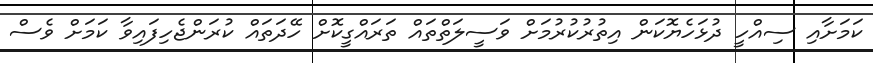
ކަމަށާއި ސިއްހީ ދުޅަހެޔޮކަން އިތުރުކުރުމަށް ވަސީލަތްތައް ތަރައްގީކޮށް ހޭދަތައް ކުރަންޖެހިފައިވާ ކަމަށް ވެސް